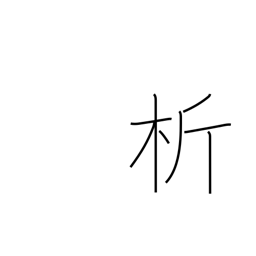
Meaning: tear